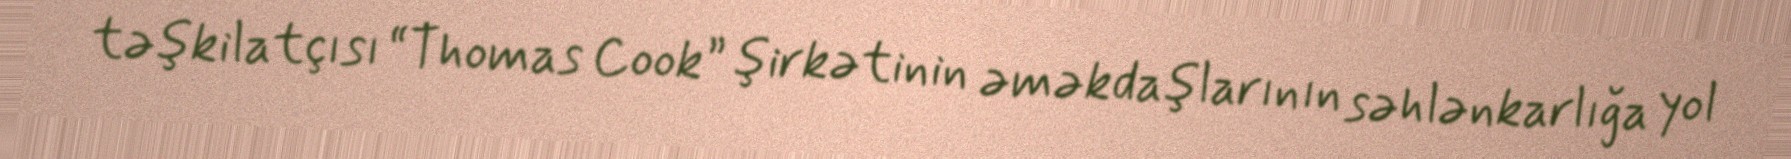
təşkilatçısı “Thomas Cook” şirkətinin əməkdaşlarının səhlənkarlığa yol